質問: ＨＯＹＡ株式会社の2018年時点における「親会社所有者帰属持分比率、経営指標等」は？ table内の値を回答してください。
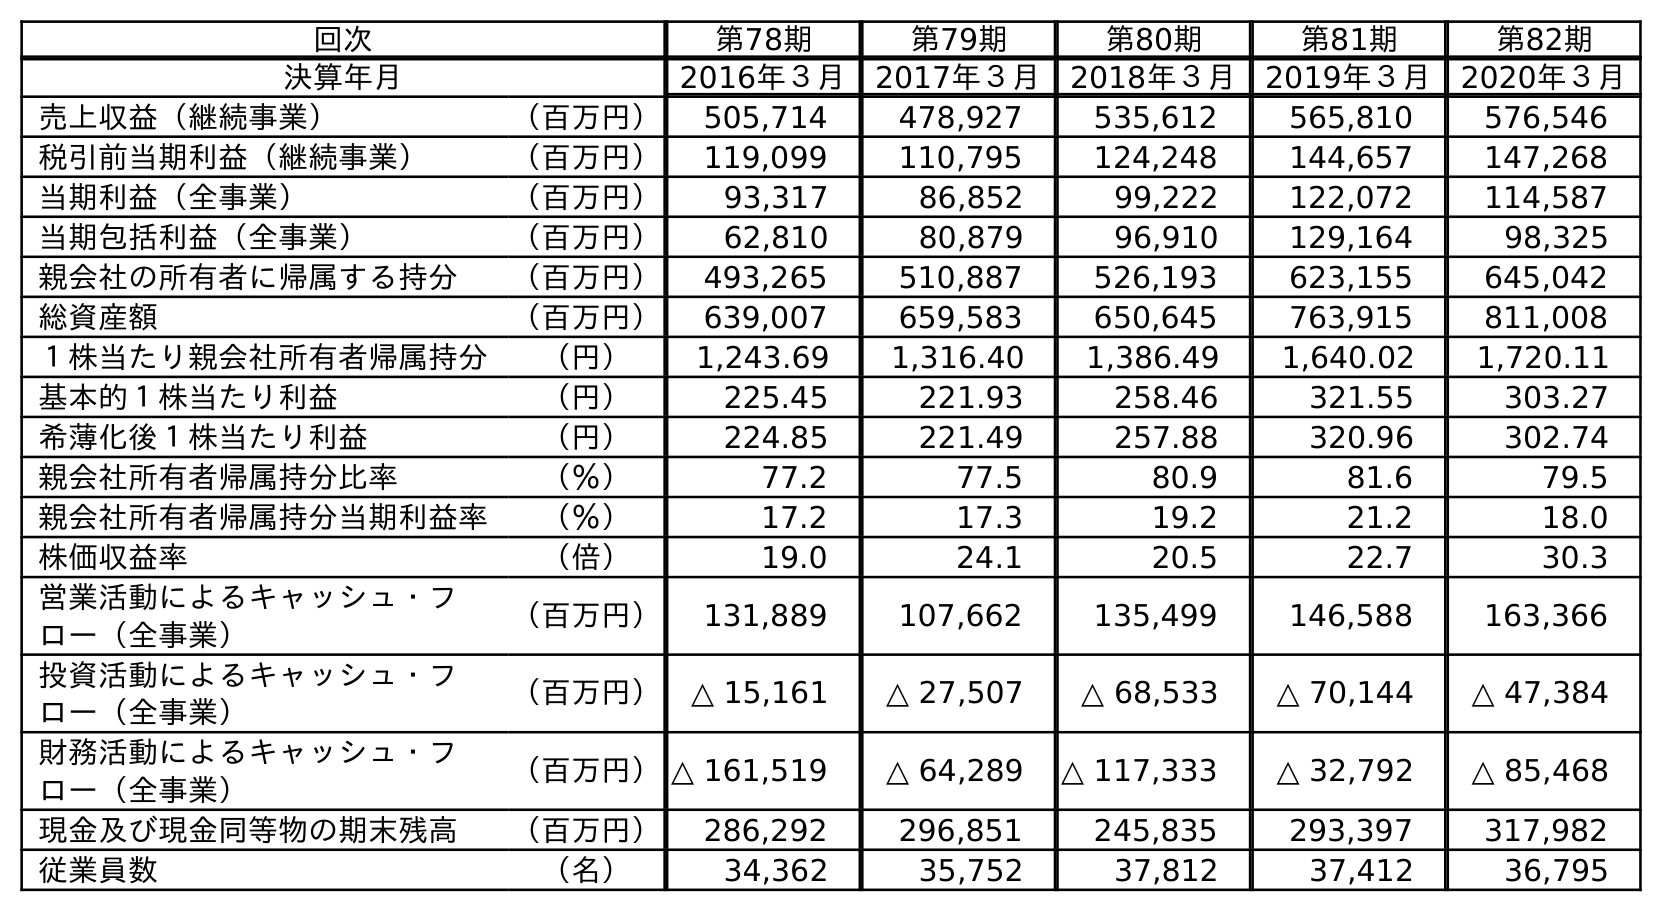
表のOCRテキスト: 回次 第78期 第79期 第80期 第81期 第82期 決算年月 2016年３月 2017年３月 2018年３月 2019年３月 2020年３月 売上収益（継続事業） （百万円） 505,714 478,927 535,612 565,810 576,546 税引前当期利益（継続事業） （百万円） 119,099 110,795 124,248 144,657 147,268 当期利益（全事業） （百万円） 93,317 86,852 99,222 122,072 114,587 当期包括利益（全事業） （百万円） 62,810 80,879 96,910 129,164 98,325 親会社の所有者に帰属する持分 （百万円） 493,265 510,887 526,193 623,155 645,042 総資産額 （百万円） 639,007 659,583 650,645 763,915 811,008 １株当たり親会社所有者帰属持分 （円） 1,243.69 1,316.40 1,386.49 1,640.02 1,720.11 基本的１株当たり利益 （円） 225.45 221.93 258.46 321.55 303.27 希薄化後１株当たり利益 （円） 224.85 221.49 257.88 320.96 302.74 親会社所有者帰属持分比率 （％） 77.2 77.5 80.9 81.6 79.5 親会社所有者帰属持分当期利益率 （％） 17.2 17.3 19.2 21.2 18.0 株価収益率 （倍） 19.0 24.1 20.5 22.7 30.3 営業活動によるキャッシュ・フ ロー（全事業） （百万円） 131,889 107,662 135,499 146,588 163,366 投資活動によるキャッシュ・フ ロー（全事業） （百万円） △ 15,161 △ 27,507 △ 68,533 △ 70,144 △ 47,384 財務活動によるキャッシュ・フ ロー（全事業） （百万円）△ 161,519 △ 64,289 △ 117,333 △ 32,792 △ 85,468 現金及び現金同等物の期末残高 （百万円） 286,292 296,851 245,835 293,397 317,982 従業員数 （名） 34,362 35,752 37,812 37,412 36,795
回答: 80.9